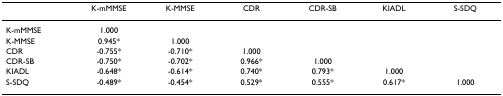
<table><thead><tr><td></td><td><b>K-mMMSE</b></td><td><b>K-MMSE</b></td><td><b>CDR</b></td><td><b>CDR-SB</b></td><td><b>KIADL</b></td><td><b>S-SDQ</b></td></tr></thead><tbody><tr><td>K-mMMSE</td><td>1.000</td><td></td><td></td><td></td><td></td><td></td></tr><tr><td>K-MMSE</td><td>0.945*</td><td>1.000</td><td></td><td></td><td></td><td></td></tr><tr><td>CDR</td><td>-0.755*</td><td>-0.710*</td><td>1.000</td><td></td><td></td><td></td></tr><tr><td>CDR-SB</td><td>-0.750*</td><td>-0.702*</td><td>0.966*</td><td>1.000</td><td></td><td></td></tr><tr><td>KIADL</td><td>-0.648*</td><td>-0.614*</td><td>0.740*</td><td>0.793*</td><td>1.000</td><td></td></tr><tr><td>S-SDQ</td><td>-0.489*</td><td>-0.454*</td><td>0.529*</td><td>0.555*</td><td>0.617*</td><td>1.000</td></tr></tbody></table>